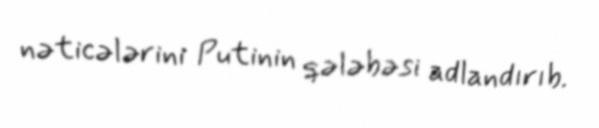
nəticələrini Putinin qələbəsi adlandırıb.